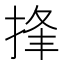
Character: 捀